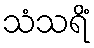
သံသရိံ